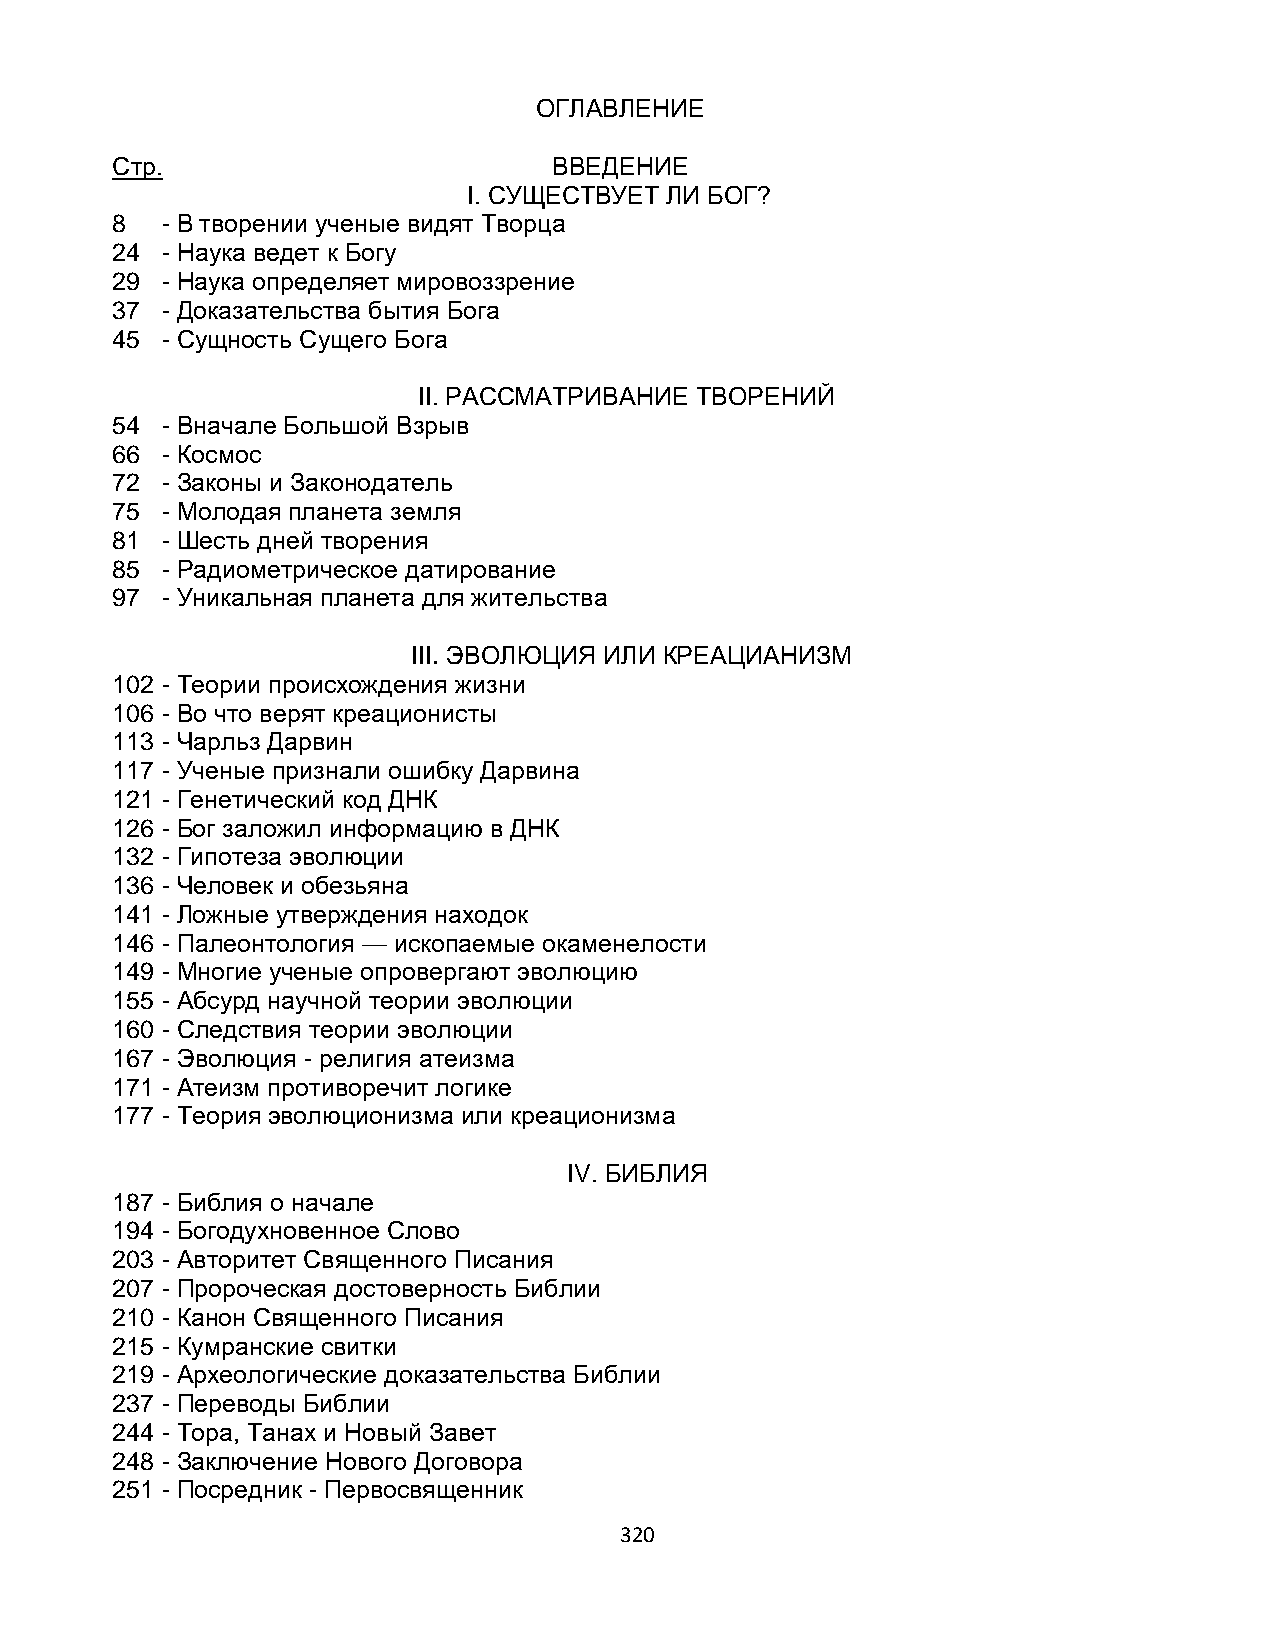
ОГЛАВЛЕНИЕ
 Стр.                          ВВЕДЕНИЕ
 I. СУЩЕСТВУЕТ ЛИ БОГ?
 8   - В творении ученые видят Творца
 24  - Наука ведет к Богу
 29  - Наука определяет мировоззрение
 37  - Доказательства бытия Бога
 45  - Сущность Сущего Бога
 II. РАССМАТРИВАНИЕ ТВОРЕНИЙ
 54  - Вначале Большой Взрыв
 66  - Космос
 72  - Законы и Законодатель
 75  - Молодая планета земля
 81  - Шесть дней творения
 85  - Радиометрическое датирование
 97  - Уникальная планета для жительства
 III. ЭВОЛЮЦИЯ ИЛИ КРЕАЦИАНИЗМ
 102 - Теории происхождения жизни
 106 - Во что верят креационисты
 113 - Чарльз Дарвин
 117 - Ученые признали ошибку Дарвина
 121 - Генетический код ДНК
 126 - Бог заложил информацию в ДНК
 132 - Гипотеза эволюции
 136 - Человек и обезьяна
 141 - Ложные утверждения находок
 146 - Палеонтология — ископаемые окаменелости
 149 - Многие ученые опровергают эволюцию
 155 - Абсурд научной теории эволюции
 160 - Следствия теории эволюции
 167 - Эволюция - религия атеизма
 171 - Атеизм противоречит логике
 177 - Теория эволюционизма или креационизма
 IV. БИБЛИЯ
 187 - Библия о начале
 194 - Богодухновенное Слово
 203 - Авторитет Священного Писания
 207 - Пророческая достоверность Библии
 210 - Канон Священного Писания
 215 - Кумранские свитки
 219 - Археологические доказательства Библии
 237 - Переводы Библии
 244 - Тора, Танах и Новый Завет
 248 - Заключение Нового Договора
 251 - Посредник - Первосвященник
 320